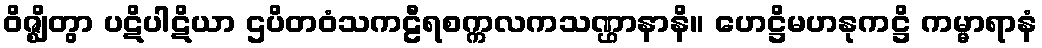
ဝိဇ္ဈိတွာ ပဋိပါဋိယာ ဌပိတဝံသကဠီရစက္ကလကသဏ္ဌာနာနိ။ ဟေဋ္ဌိမဟနုကဋ္ဌိ ကမ္မာရာနံ